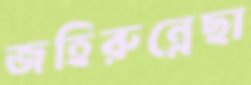
জহিরুন্নেছা